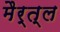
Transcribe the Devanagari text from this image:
मैर्त्ल